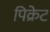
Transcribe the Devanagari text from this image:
पिक्रेट